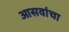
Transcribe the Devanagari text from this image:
आसवांचा